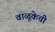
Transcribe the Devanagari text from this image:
वाळूकेची